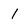
Character: 1